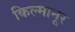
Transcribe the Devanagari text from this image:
किल्मानूर